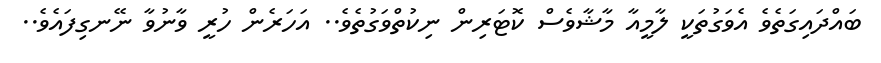
ބައްދައިގަތެވެ އެވަގުތަކީ ލާމީއާ މާޝާވެސް ކޮޓަރިން ނިކުތްވަގުތެވެ.. އަހަރެން ހުރީ ވާނުވާ ނޭނގިފައެވެ..